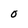
Character: O